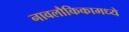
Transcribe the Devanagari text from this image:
नावलौकिकामध्ये